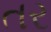
તર